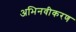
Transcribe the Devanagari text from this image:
अभिनवीकरण